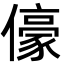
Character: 儫